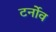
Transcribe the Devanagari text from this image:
टर्नोव